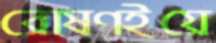
রোষণইয়ে